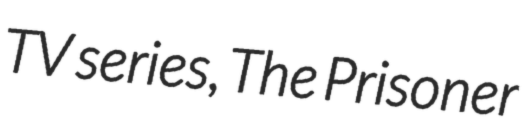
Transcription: TV series, The Prisoner